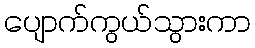
ပျောက်ကွယ်သွားကာ